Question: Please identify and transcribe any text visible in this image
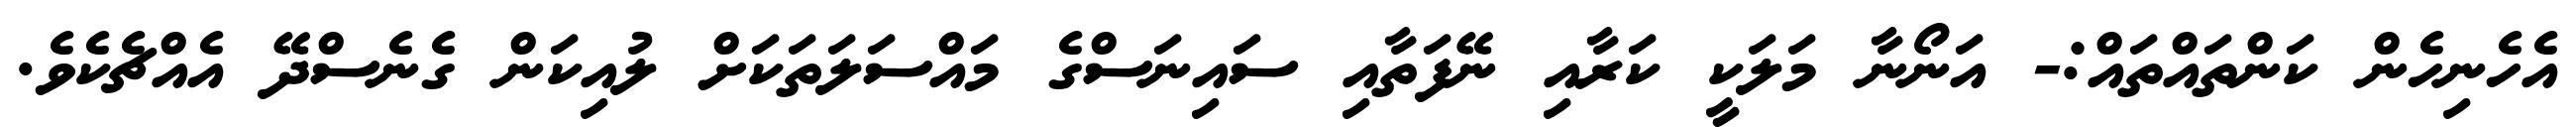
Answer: އެހެނިހެން ކަންތައްތައް:- އަނޯނާ މަލަކީ ކަރާއި ނޭފަތާއި ސައިނަސްގެ މައްސަލަތަކަށް ލުއިކަން ގެނެސްދޭ އެއްޗެކެވެ.